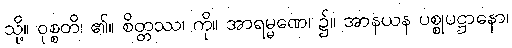
သို့။ ဝုစ္စတိ၊ ၏။ စိတ္တဿ၊ ကို။ အာရမ္မဏေ၊ ၌။ အာနယန ပစ္စုပဋ္ဌာနော၊